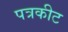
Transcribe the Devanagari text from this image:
पत्रकीट